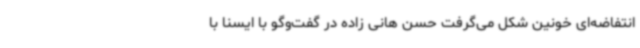
انتفاضه‌ای خونین شکل می‌گرفت حسن هانی زاده در گفت‌وگو با ایسنا با